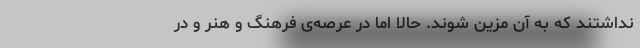
نداشتند که به آن مزیّن شوند. حالا اما در عرصه‌ی فرهنگ و هنر و در